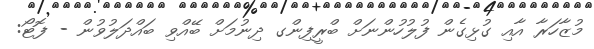
މުޒާހަރާ އާއި ގުޅިގެން ފުލުހުންނަށް ބްރީފިންގ ދިނުމަށް ބޭއްވި ބައްދަލުވުން - ފޮޓޯ: